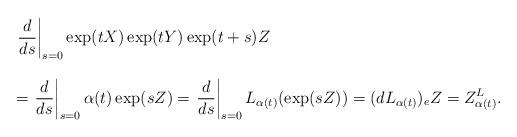
LaTeX: \begin{align*} \begin{array}{lll} &&\displaystyle{\left.\frac{d}{ds}\right|_{s=0}\exp (tX) \exp (tY) \exp(t+s)Z}\ \\\\&&=\displaystyle{\left.\frac{d}{ds}\right|_{s=0}\alpha(t)\exp (sZ)} = \displaystyle{\left.\frac{d}{ds}\right|_{s=0}L_{\alpha(t)}(\exp (sZ))}= (dL_{\alpha(t)})_eZ=Z^L_{\alpha(t)}.\end{array}\end{align*}